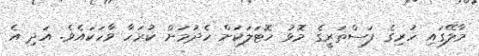
މާލޭގައި ހުރިގެ ފަސްތަރީގެ މޮޅު ހޮޓަލަކަށް ހެދުމަށް ކުރަހާ ވާހަކައެވެ. އަދި އެ